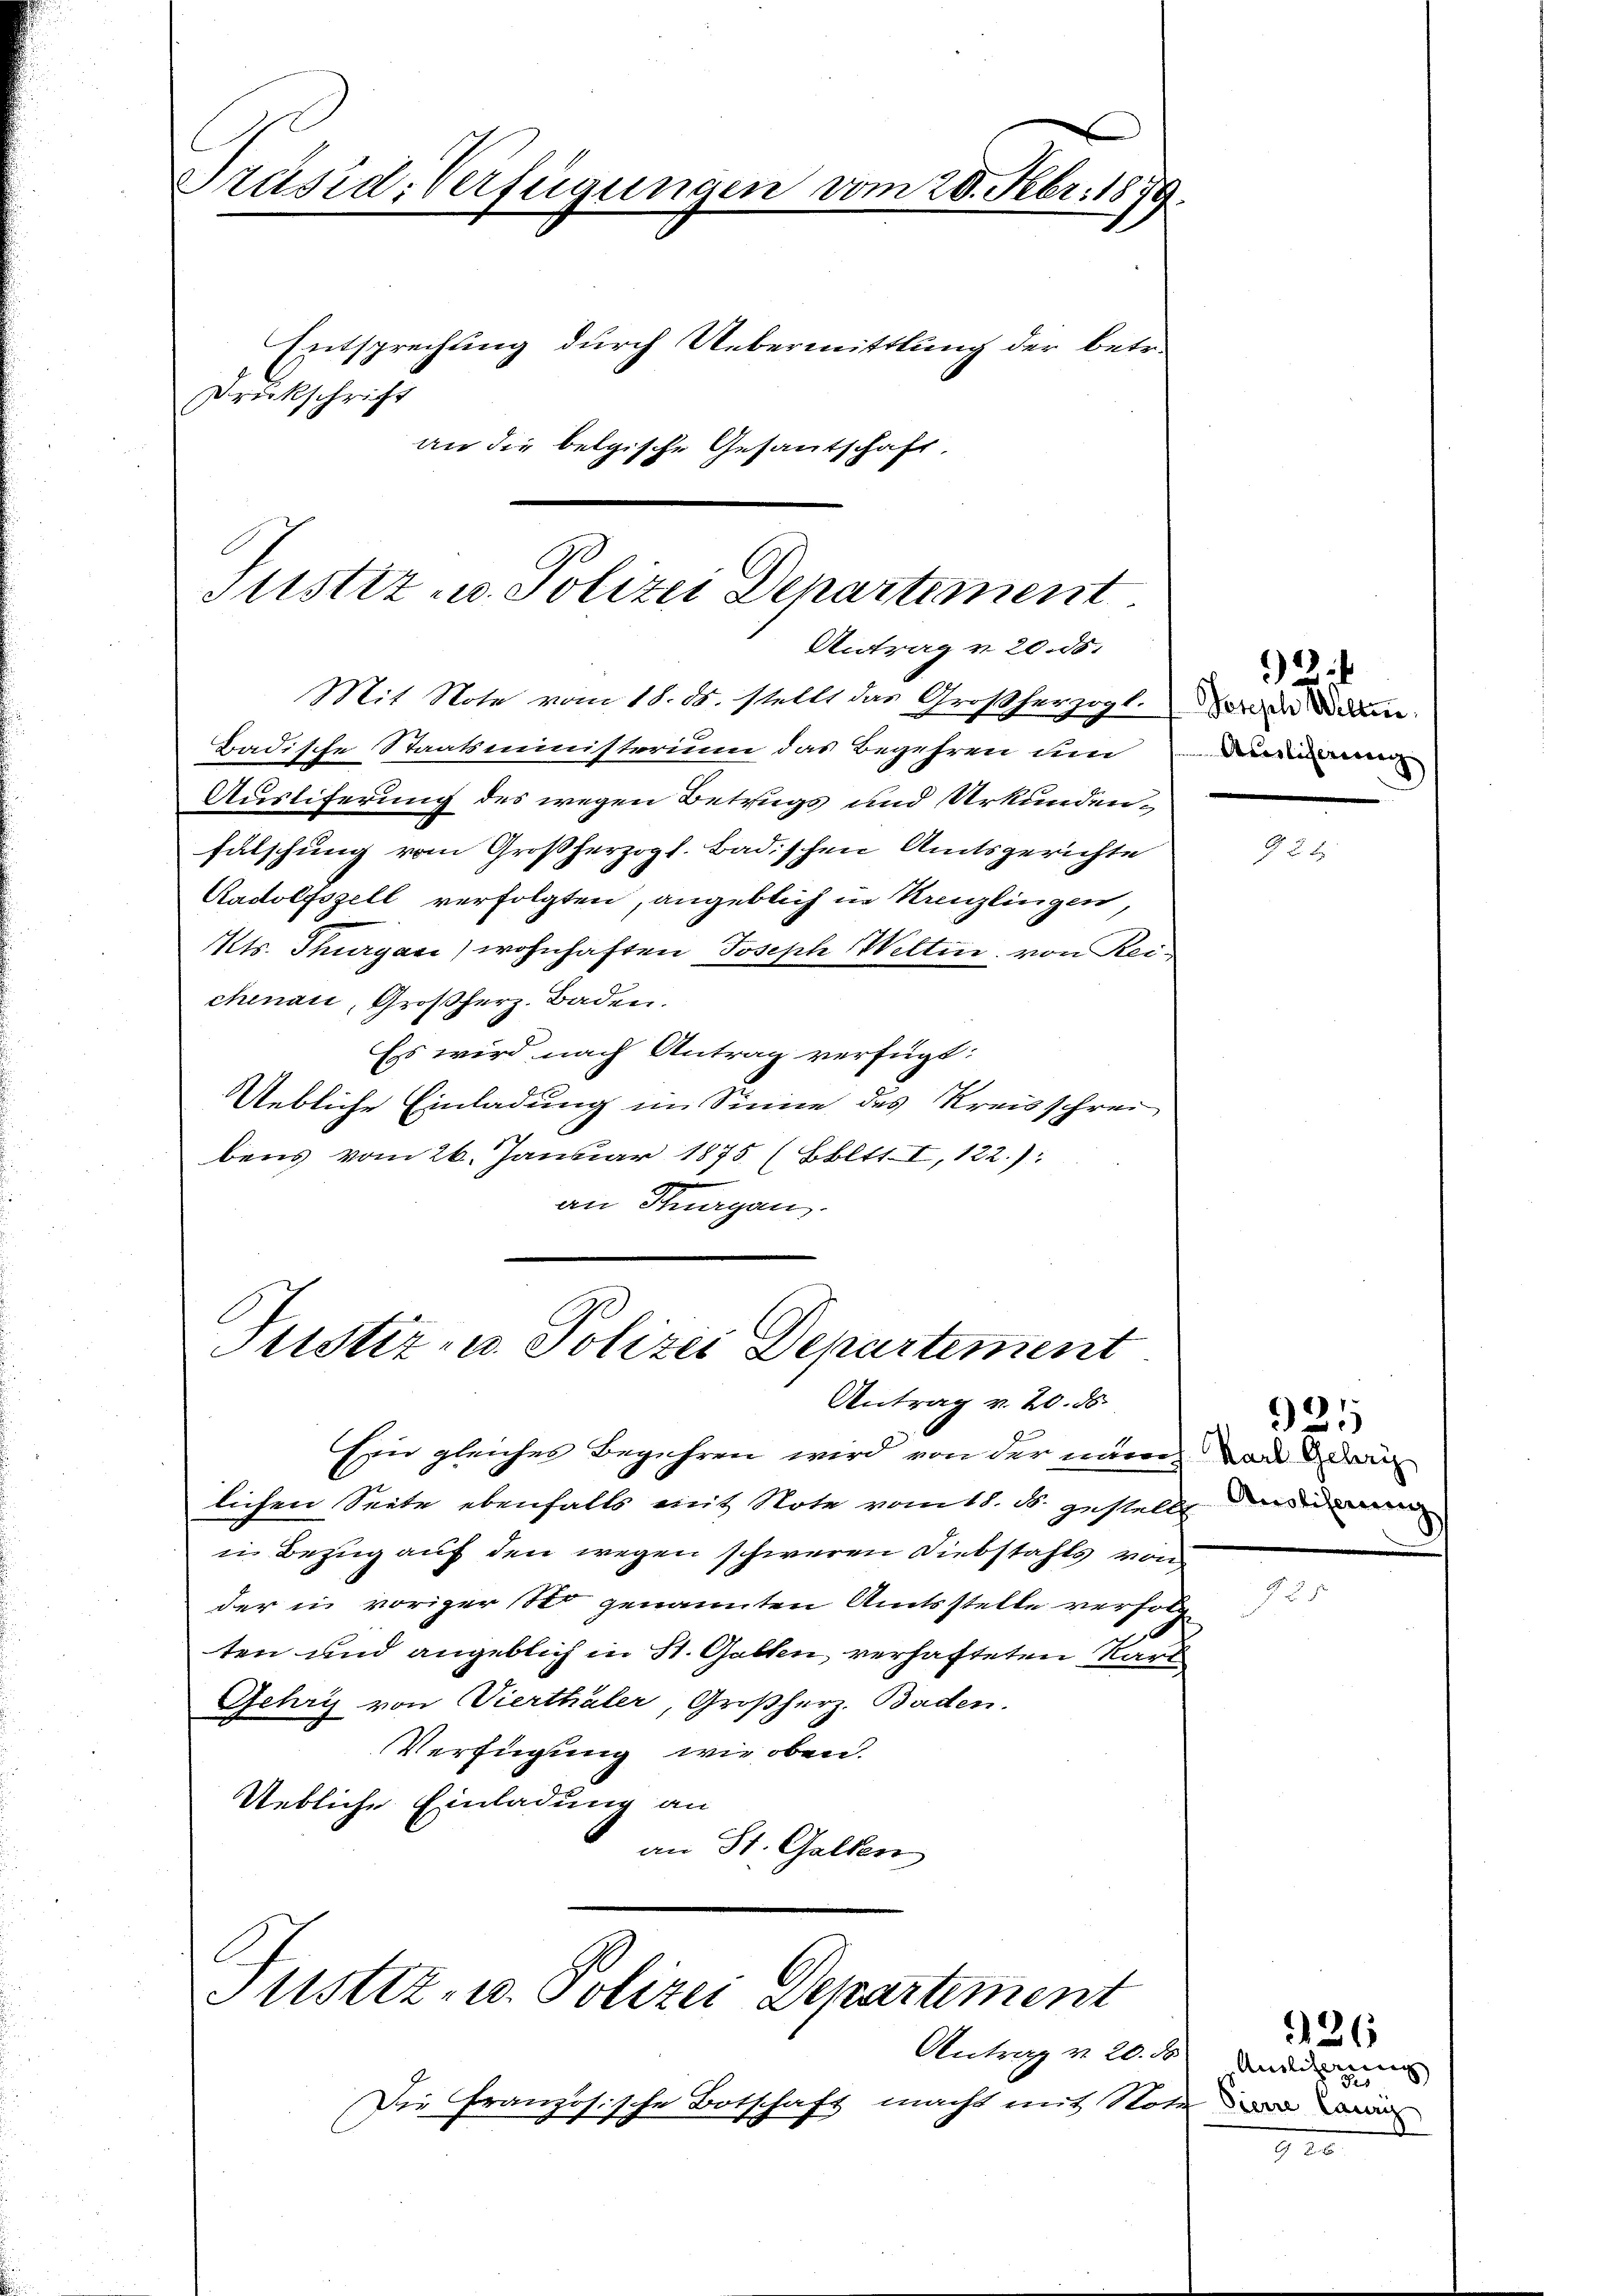
Präsid-Verfügungen vom 20. Febr. 1879.
Entsprechung durch Uebermittlung der betr.
Drückschrift
an die belgische Gesantschaft.

Sistiz u. Polizei Departement
Antrag v. 20. 55.

Mit Note vom 18. ds. stellt das Großherzogl.
Badische Staatsministerium das Begehren um
Ausliferung des wegen Betrugs und Urkundenfalschung vom Großherzogl. Badischen Amtsgerichte
Radolfszell verfolgten, angeblich in Krenzlingen,
Mts. Thurgau) wohnhaften Joseph Wettin, von Rei-
chenau, Großherz. Baden.
Ess wird nach Antrag verfügt:
ebliche Einladung im Sinne des Kreisschrei
bens vom 26. Januar 1875 (Bbltt. I, 122.):
9
an Stuargau.

Sistiz- u. Polizei Departement
Antrag v. 20. ds.

Justiz- u. Polizei Departement

Ein gleiches Begehren wird von der nach dan di
lichen Seite ebenfalls mit Note vom 18. d. gestellt der
in Bezug auf den wegen schweren Diebstahls von
der in voriger Sto genannten Amtsstelle verfolg
ten und angeblich in St. Gallen, verhafteten Kart
Gehri von Vierthäler, Großherz. Baden.
Verfügung wir oben.
Uebliche Einladung an
an St. Gallen

Antrag v. 20. ds
Die Französische Botschaft macht mit Note der

Petsch Sollten
Auslicherung

*)

921

Anilisierung

126